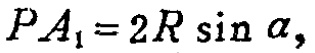
\(PA_{1}=2R\sin\alpha,\)